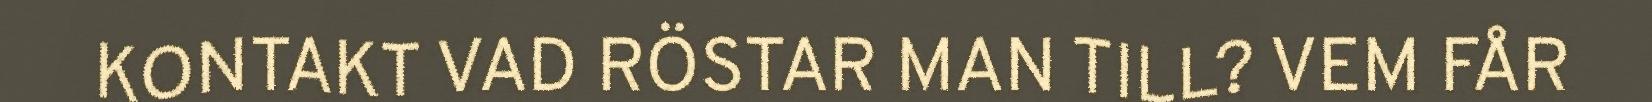
KONTAKT VAD RÖSTAR MAN TILL? VEM FÅR